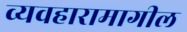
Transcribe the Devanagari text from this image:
व्यवहारामागील